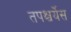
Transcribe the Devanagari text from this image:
तपश्चर्येस